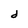
Character: d